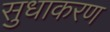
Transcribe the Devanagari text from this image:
सुधाकरण